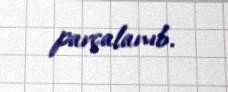
parçalanıb.